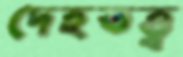
দেহতত্ত্ব